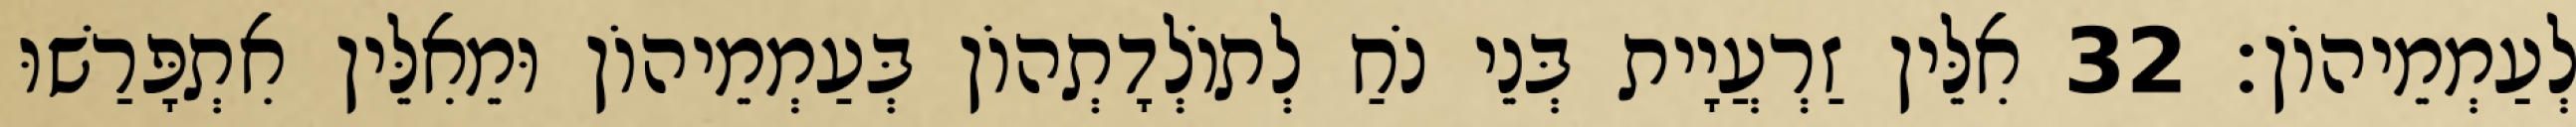
לְעַמְמֵיהוֹן׃ 32 אִלֵּין זַרְעֲיָית בְּנֵי נֹחַ לְתוֹלְדָתְהוֹן בְּעַמְמֵיהוֹן וּמֵאִלֵּין אִתְפָּרַשׁוּ